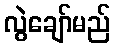
လွဲချော်မည်